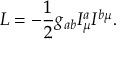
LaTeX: { \cal L } = - \frac { 1 } { 2 } g _ { a b } I _ { \mu } ^ { a } I ^ { b \mu } .